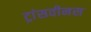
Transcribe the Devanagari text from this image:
ट्रांसवीनस